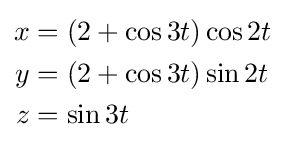
{\begin{aligned}x&=(2+\cos 3t)\cos 2t\\y&=(2+\cos 3t)\sin 2t\\z&=\sin 3t\end{aligned}}